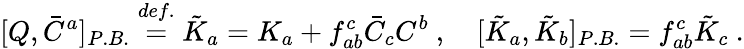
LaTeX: [Q,\bar{C}^{a}]_{P.B.}\stackrel{def.}{=}\tilde{K}_{a}=K_{a}+f_{ab}^{c}\bar{C}_{c}C^{b}~,~~~~[\tilde{K}_{a},\tilde{K}_{b}]_{P.B.}=f_{ab}^{c}\tilde{K}_{c}~.